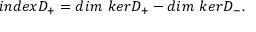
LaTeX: i n d e x D _ { + } = d i m { \ } k e r D _ { + } - d i m { \ } k e r D _ { - } .